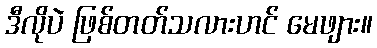
ဒီလိုပဲ ဖြစ်တတ်သလားဟင် မေဖျား။